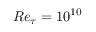
R e _ { \tau } = 1 0 ^ { 1 0 }